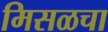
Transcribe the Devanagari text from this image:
मिसळचा